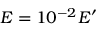
E = 1 0 ^ { - 2 } E ^ { \prime }